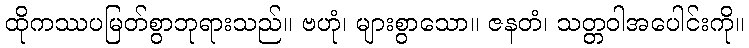
ထိုကဿပမြတ်စွာဘုရားသည်။ ဗဟုံ၊ များစွာသော။ ဇနတံ၊ သတ္တဝါအပေါင်းကို။